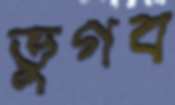
ভুগব